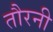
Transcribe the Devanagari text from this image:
तौरनी